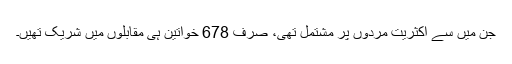
جن میں سے اکثریت مردوں پر مشتمل تھی، صرف 678 خواتین ہی مقابلوں میں شریک تھیں۔